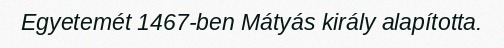
Egyetemét 1467-ben Mátyás király alapította.